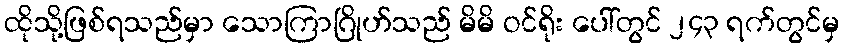
ထိုသို့ဖြစ်ရသည်မှာ သောကြာဂြိုဟ်သည် မိမိ ဝင်ရိုး ပေါ်တွင် ၂၄၃ ရက်တွင်မှ